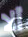
ألا